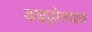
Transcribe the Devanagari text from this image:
ङाइड्रोलाइज़